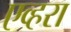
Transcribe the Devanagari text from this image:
एव्हरा